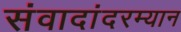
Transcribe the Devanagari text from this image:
संवादांदरम्यान